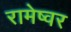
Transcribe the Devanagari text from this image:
रामेष्वर